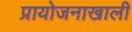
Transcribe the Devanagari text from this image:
प्रायोजनाखाली